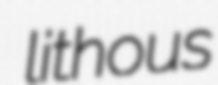
lithous